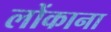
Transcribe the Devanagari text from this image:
लोंकाना